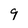
Character: 9